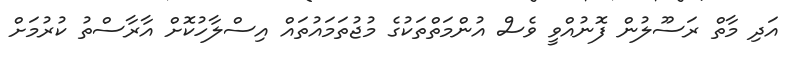
އަދި މާތް ރަސޫލުން ފޮނުއްވީ ވެސް އުންމަތްތަކުގެ މުޖުތަމައުތައް އިސްލާހުކޮށް އާރާސްތު ކުރުމަށް